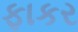
ફાકર